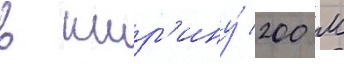
в шир'ину́ 200 м